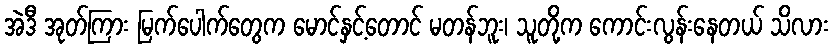
အဲဒီ အုတ်ကြား မြက်ပေါက်တွေက မောင်နှင့်တောင် မတန်ဘူး၊ သူတို့က ကောင်းလွန်းနေတယ် သိလား